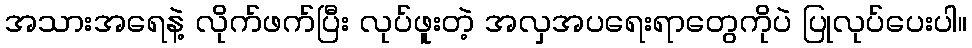
အသားအရေနဲ့ လိုက်ဖက်ပြီး လုပ်ဖူးတဲ့ အလှအပရေးရာတွေကိုပဲ ပြုလုပ်ပေးပါ။